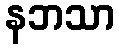
နဘသာ